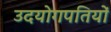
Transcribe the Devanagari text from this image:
उदयोगपतियों